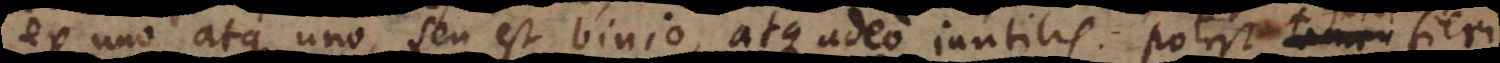
ex uno atque uno, seu est binio, atque adeo inutilis. Potest quidem fieri